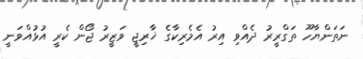
ނަތަންޔާހޫ ތަގްރީރު ދެއްވި އިރު އެމެރިކާގެ ޚާރިޖީ ވަޒީރު ޖޯން ކެރީ އުޅުއްވަނީ